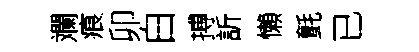
斕痕卯白搏訢懶氈已